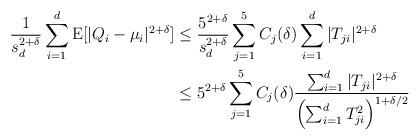
\begin{align*}\frac{1}{s_d^{2+\delta}} \sum_{i=1}^d \mathrm{E}[|Q_i-\mu_i|^{2+\delta}] &\leq \frac{5^{2+\delta}}{s_d^{2+\delta}} \sum_{j=1}^5 C_j(\delta) \sum_{i=1}^d |T_{ji}|^{2+\delta} \\&\leq 5^{2+\delta} \sum_{j=1}^5 C_j(\delta) \frac{\sum_{i=1}^d |T_{ji}|^{2+\delta}}{\left( \sum_{i=1}^d T_{ji}^2 \right)^{1+\delta/2} }\end{align*}